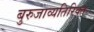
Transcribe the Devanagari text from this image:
बुरुजाव्यतिरिक्त